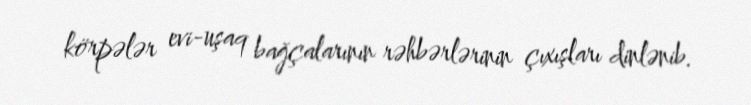
körpələr evi-uşaq bağçalarının rəhbərlərinin çıxışları dinlənib.